Report on vaccination in the Province of Bengal - 1869-1873
Year: 1869
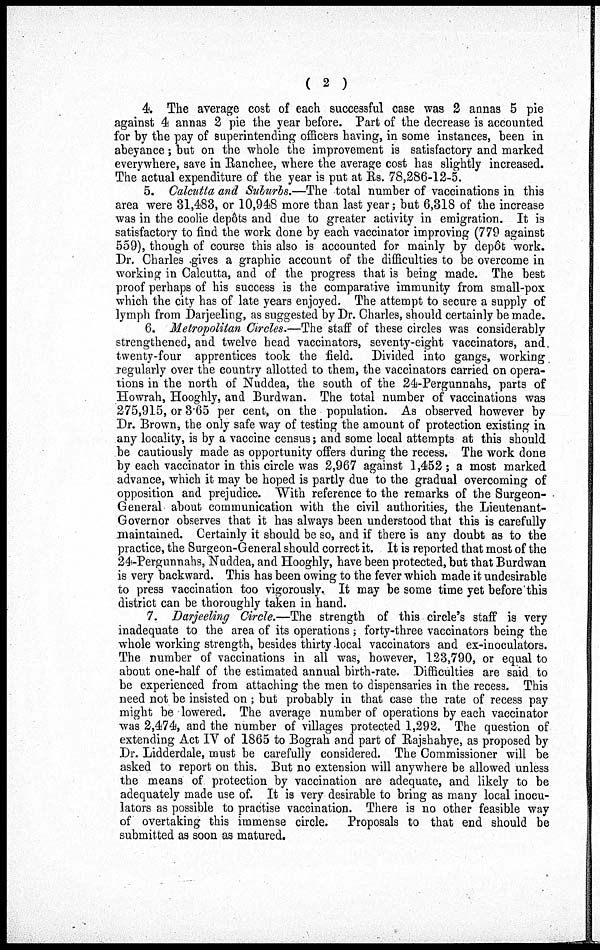
( 2 )
4. The average cost of each successful case was 2 annas 5 pie
against 4 annas 2 pie the year before. Part of the decrease is accounted
for by the pay of superintending officers having, in some instances, been in
abeyance; but on the whole the improvement is satisfactory and marked
everywhere, save in Ranchee, where the average cost has slightly increased.
The actual expenditure of the year is put at Rs. 78,286-12-5.
5. Calcutta and Suburbs.—The total number of vaccinations in this
area were 31,483, or 10,948 more than last year; but 6,318 of the increase
was in the coolie depôts and due to greater activity in emigration. It is
satisfactory to find the work done by each vaccinator improving (779 against
559), though of course this also is accounted for mainly by depôt work.
Dr. Charles gives a graphic account of the difficulties to be overcome in
working in Calcutta, and of the progress that is being made. The best
proof perhaps of his success is the comparative immunity from small-pox
which the city has of late years enjoyed. The attempt to secure a supply of
lymph from Darjeeling, as suggested by Dr. Charles, should certainly be made.
6. Metropolitan Circles.—The staff of these circles was considerably
strengthened, and twelve head vaccinators, seventy-eight vaccinators, and.
twenty-four apprentices took the field. Divided into gangs, working
tions in the north of Nuddea, the south of the 24-Pergunnahs, parts of
Howrah, Hooghly, and Burdwan. The total number of vaccinations was
275,915, or 3.65 per cent, on the population. As observed however by
Dr. Brown, the only safe way of testing the amount of protection existing in
any locality, is by a vaccine census; and some local attempts at this should
be cautiously made as opportunity offers during the recess. The work done
by each vaccinator in this circle was 2,967 against 1,452 ; a most marked
advance, which it may be hoped is partly due to the gradual overcoming of
opposition and prejudice. With reference to the remarks of the Surgeon-
General about communication with the civil authorities, the Lieutenant-
Governor observes that it has always been understood that this is carefully
maintained. Certainly it should be so, and if there is any doubt as to the
practice, the Surgeon-General should correct it. It is reported that most of the
24-Pergunnahs, Nuddea, and Hooghly, have been protected, but that Burdwan
is very backward. This has been owing to the fever which made it undesirable
to press vaccination too vigorously. It may be some time yet before this
district can be thoroughly taken in hand.
7. Darjeeling Circle.—The strength of this circle's staff is very
inadequate to the area of its operations ; forty-three vaccinators being the
whole working strength, besides thirty local vaccinators and ex-inoculators.
The number of vaccinations in all was, however, 123,790, or equal to
about one-half of the estimated annual birth-rate. Difficulties are said to
be experienced from attaching the men to dispensaries in the recess. This
need not be insisted on; but probably in that case the rate of recess pay
might be lowered. The average number of operations by each vaccinator
was 2,474, and the number of villages protected 1,292. The question of
extending Act IV of 1865 to Bograh and part of Rajshahye, as proposed by
Dr. Lidderdale, must be carefully considered. The Commissioner will be
asked to report on this. But no extension will anywhere be allowed unless
the means of protection by vaccination are adequate, and likely to be
adequately made use of. It is very desirable to bring as many local inocu-
lators as possible to practise vaccination. There is no other feasible way
of overtaking this immense circle. Proposals to that end should be
submitted as soon as matured.